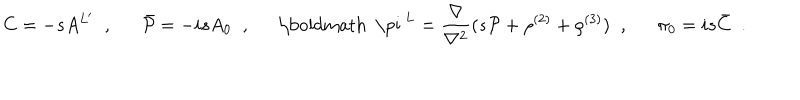
LaTeX: C = - s A ^ { L ^ { \prime } } \; \; , \; \; \hspace { 1 e m } \bar { { \cal P } } = - i s A _ { 0 } \; \; , \; \; \hspace { 1 e m } \mathrm { \boldmath ~ \ p i ~ } ^ { L } = \frac { \nabla } { \nabla ^ { 2 } } ( s { \cal P } + \rho ^ { ( 2 ) } + \rho ^ { ( 3 ) } ) \; \; , \; \; \hspace { 1 e m } \pi _ { 0 } = i s \bar { C } \; \; .